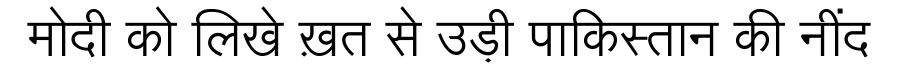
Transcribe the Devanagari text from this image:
मोदी को लिखे ख़त से उड़ी पाकिस्तान की नींद